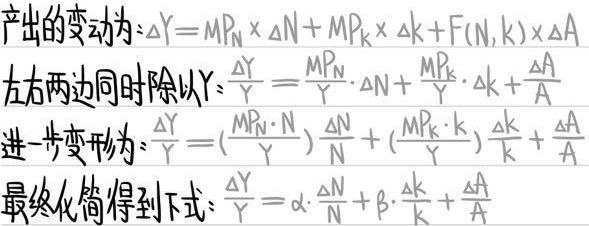
产出的变动为：$\Delta Y = MP_N\times\Delta N+MP_K\times\Delta k + F(N,k)\times\Delta A$。
左右两边同时除以$Y$：$\frac{\Delta Y}{Y}=\frac{MP_N}{Y}\cdot\Delta N+\frac{MP_K}{Y}\cdot\Delta k+\frac{\Delta A}{A}$。
进一步变形为：$\frac{\Delta Y}{Y}=(\frac{MP_N\cdot N}{Y})\frac{\Delta N}{N}+(\frac{MP_K\cdot k}{Y})\frac{\Delta k}{k}+\frac{\Delta A}{A}$。
最终化简得到下式：$\frac{\Delta Y}{Y}=\alpha\cdot\frac{\Delta N}{N}+\beta\cdot\frac{\Delta k}{k}+\frac{\Delta A}{A}$。